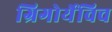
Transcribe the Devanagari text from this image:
ग्रिगोर्येविच